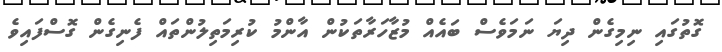
ގޮތުގައި ނިމިގެން ދިޔަ ނަމަވެސް ބައެއް މުޒާހަރާތަކުން އާންމު ކުރިމަތިލުންތައް ފެނިގެން ގޮސްފައިވެ